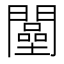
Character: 𨶴